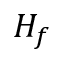
H _ { f }